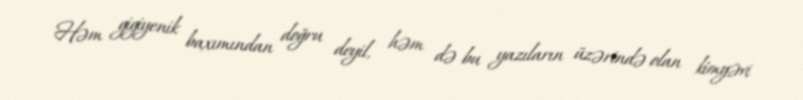
Həm gigiyenik baxımından doğru deyil, həm də bu yazıların üzərində olan kimyəvi